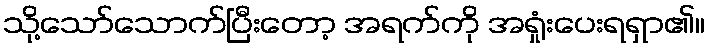
သို့သော်သောက်ပြီးတော့ အရက်ကို အရှုံးပေးရရှာ၏။